Indian journal of veterinary science and animal husbandry - Volume 3,
Year: 1933
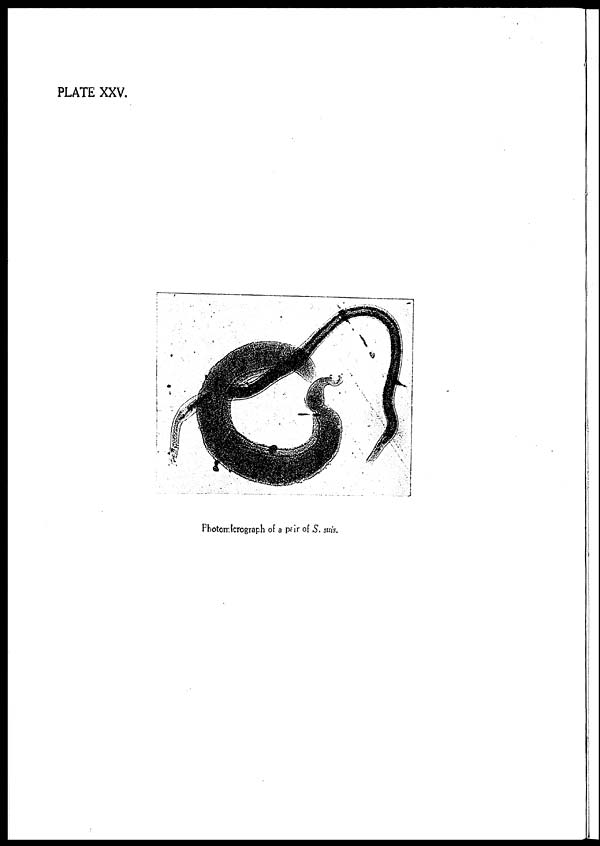
PLATE XXV.
Photomicrograph of a pair of S. suis.